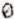
0